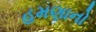
હમણાનો